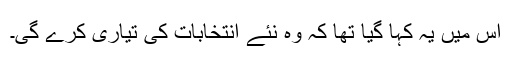
اس میں یہ کہا گیا تھا کہ وہ نئے انتخابات کی تیاری کرے گی۔